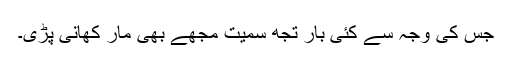
جس کی وجہ سے کئی بار تجھ سمیت مجھے بھی مار کھانی پڑی۔